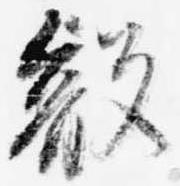
叡